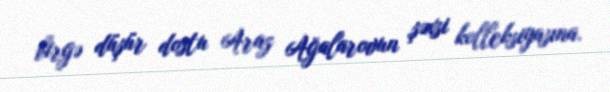
birgə düşür dostu Araz Ağalarovun şəxsi kolleksiyasına.